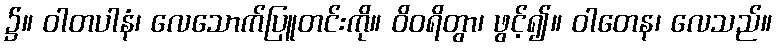
၌။ ဝါတပါနံ၊ လေသောက်ပြူတင်းကို။ ဝိဝရိတွာ၊ ဖွင့်၍။ ဝါတေန၊ လေသည်။